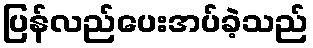
ပြန်လည်ပေးအပ်ခဲ့သည်